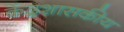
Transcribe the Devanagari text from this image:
केंद्रशासकीय